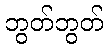
ဘွတ်ဘွတ်